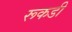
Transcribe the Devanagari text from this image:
रूकडी